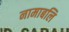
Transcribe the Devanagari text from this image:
नामाबलि